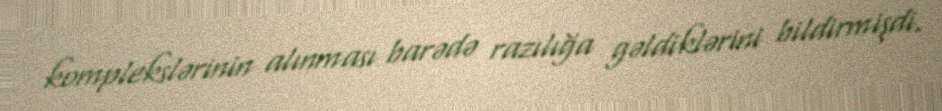
komplekslərinin alınması barədə razılığa gəldiklərini bildirmişdi.